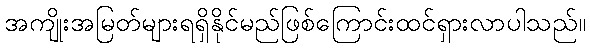
အကျိုးအမြတ်များရရှိနိုင်မည်ဖြစ်ကြောင်းထင်ရှားလာပါသည်။